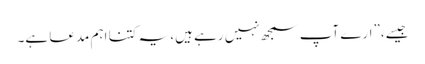
جیسے،”ارے آپ سمجھ نہیں رہے ہیں، یہ کتنا اہم مدعا ہے۔